Lunatic asylums Bombay report 1878-1890 - 1878-1890
Year: 1878
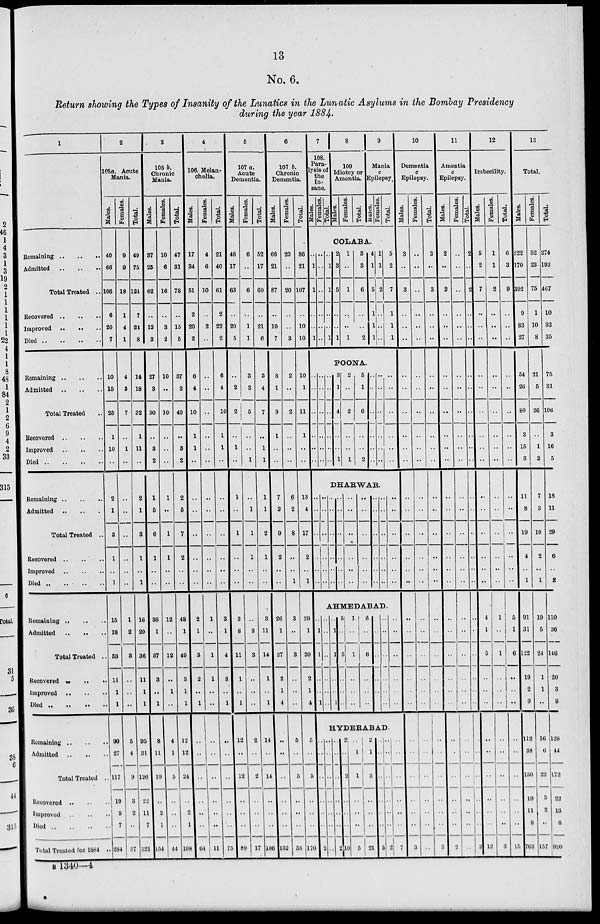
13
No. 6.
Return showing the Types of Insanity of the Lunatics in the Lunatic Asylums in the Bombay Presidency
during the year 1884.
1
Remaining
..
..
..
Admitted .. .. ..
Total Treated ..
Recovered
..
..
..
Improved
..
..
..
Died .. .. .. ..
Remaining
..
..
..
Admitted .. .. ..
Total Treated ..
Recovered .. .. ..
Improved
..
..
..
Died
..
..
..
..
Remaining
..
..
..
Admitted .. .. ..
Total Treated ..
Recovered
..
..
..
Improved .. .. ..
Died .. .. .. ..
Remaining
..
..
..
Admitted .. .. ..
Total Treated ..
Recovered
..
..
..
Improved
..
..
..
Died
..
..
..
..
Remaining
..
..
..
Admitted
..
..
..
Total Treated ..
Recovered .. .. ..
Improved
..
..
..
Died
..
..
..
..
Total Treated for 1884 ..
2
105a. Acute
Mania.
Males.
40
66
106
6
20
7
10
15
25
1
10
..
2
1
3
1
..
1
15
18
33
11
1
1
90
27
117
19
9
7
284
Females.
9
9
18
1
4
1
4
3
7
..
1
..
..
..
..
..
..
..
1
2
3
..
..
..
5
4
9
3
2
..
37
Total.
49
75
124
7
24
8
14
18
32
1
11
..
2
1
3
1
..
1
16
20
36
11
1
1
95
31
126
22
11
7
321
3
105 b.
Chronic
Mania.
Males.
37
25
62
..
12
3
27
3
30
..
3
2
1
5
6
1
..
..
36
1
37
3
...
1
8
11
19
..
2
1
154
Females.
10
6
16
..
3
2
10
..
10
..
..
..
1
..
1
1
..
..
12
..
12
..
1
..
4
1
5
..
..
..
44
Total.
47
31
78
..
15
5
37
3
40
..
3
2
2
5
7
2
..
..
48
1
49
3
1
1
12
12
24
..
2
1
198
4
106. Melan-
cholia.
Males.
17
34
51
2
20
2
6
4
10
1
1
..
..
..
..
..
..
..
2
1
3
2
..
1
..
..
..
..
..
..
64
Females.
4
6
10
..
2
..
..
..
..
..
..
..
..
..
..
..
..
..
1
..
1
1
..
..
..
..
..
..
..
..
11
Total.
21
40
61
2
22
2
6
4
10
1
1
..
..
..
..
..
..
..
3
1
4
3
..
1
..
..
.. ..
..
..
75
5
107 a.
Acute
Dementia.
Males.
46
17
63
..
20
5
..
2
2
..
1
..
1
..
1
..
..
..
3
8
11
1
..
1
12
..
12
..
..
..
89
Females.
6
..
6
..
1
1
3
2
5
..
..
1
..
1
1
1
..
..
..
3
3
..
..
..
2
..
2
..
..
..
17
Total.
52
17
69
..
21
6
3
4
7
..
1
1
1
1
2
1
..
..
3
11
14
1
..
1
14
..
14
..
..
..
106
6
107 b.
Chronic
Dementia.
Males.
66
21
87
..
10
7
8
1
9
1
..
..
7
2
9
2
..
..
26
1
27
2
1
4
..
..
..
..
..
..
132
Females.
20
..
20
..
..
3
2
..
2
..
..
..
6
2
8
..
..
1
3
..
3
..
..
..
5
..
5
..
..
..
38
Total.
86
21
107
..
10
10
10
1
11
1
..
..
13
4
17
2
..
1
29
1
30
2
1
4
5
..
5
..
..
..
170
7
108 Paralysis of the Insane.
Males.
Females.
Total.
8
109 Idiotcy or Amentia.
Males.
Females.
Total.
9
Mania c Epilepsy.
Males.
Females.
Total.
COLABA.
..
1
1
..
..
1
..
..
..
..
..
..
..
..
..
..
..
..
..
1
1
..
..
1
2
3
5
..
..
1
1
..
1
..
..
1
3
3
6
..
..
2
4
1
5
1
1
1
1
1
2
..
..
..
5
2
7
1
1
1
POONA.
..
..
..
..
..
..
..
..
..
..
..
..
3
1
4
..
..
1
2
..
2
..
..
1
5
1
6
..
..
2
..
..
..
..
..
..
..
..
..
..
..
..
..
..
..
..
..
..
DHARWAR.
..
..
..
..
..
..
..
..
..
..
..
..
..
..
..
..
..
..
..
..
..
..
..
..
..
..
..
..
..
..
..
..
..
..
..
..
..
..
..
..
..
..
..
..
..
..
..
..
..
..
..
..
..
..
AHMEDABAD.
..
1
1
..
..
..
..
..
..
..
..
..
2
..
..
..
..
..
..
..
1
..
..
..
..
5
..
..
..
..
..
1
..
1
..
..
..
6
..
6
..
..
..
..
..
1
..
..
..
..
..
6
..
..
..
..
..
..
..
..
..
HYDERABAD.
..
..
..
..
..
..
..
..
..
..
..
..
..
2
..
..
..
..
..
..
16
2
..
2
..
..
..
5
..
1
1
..
..
..
21
2
1
3
..
..
..
5
..
..
..
..
..
..
2
..
..
.. ..
..
..
7
10
Dementia
c
Epilepsy.
Males.
3
..
3
..
..
..
..
..
..
..
..
..
..
..
..
..
..
..
..
..
..
..
..
..
..
..
..
..
..
..
3
Females.
..
..
..
..
..
..
..
..
..
..
..
..
..
..
..
..
..
..
..
..
..
..
..
..
..
..
..
..
..
..
..
Total.
3
..
3
..
..
..
..
..
..
..
..
..
..
..
..
..
..
..
..
..
..
..
..
..
..
..
..
..
..
..
3
11
Amentia
c
Epilepsy.
Males.
2
..
2
..
..
..
..
..
..
..
..
..
..
..
..
..
..
..
..
..
..
..
..
..
Females.
..
..
..
..
..
..
..
..
..
..
..
..
..
..
..
..
..
..
..
..
..
..
..
..
..
..
..
..
..
..
2
..
..
..
..
..
..
..
Total.
2
..
2
..
..
..
..
..
..
..
..
..
..
..
..
..
..
..
..
..
..
..
..
..
..
..
..
..
..
..
2
12
Imbecility.
Males.
5
2
7
..
..
..
..
..
..
..
..
..
..
..
..
..
..
..
4
1
5
..
..
..
..
..
..
..
..
..
12
Females.
1
1
2
..
..
..
..
..
..
..
..
..
..
..
..
..
..
..
1
..
1
..
..
..
..
..
..
..
..
..
3
Total.
6
3
9
..
..
..
..
..
..
..
..
..
..
..
..
..
..
..
5
1
6
..
..
..
..
..
..
..
..
..
15
13
Total.
Males.
222
170
392
9
83
27
54
26
80
3
15
3
11
8
19
4
..
1
91
31
122
19
2
9
112
38
150
19
11
8
763
Females.
52
23
75
1
10
8
21
5
26
..
1
2
7
3
10
2
..
1
19
5
24
1
1
..
16
6
22
3
2
..
157
Total.
274
193
467
10
93
35
75
31
106
3
16
5
18
11
29
6
..
2
110
36
146
20
3
9
128
44
172
22
13
8
920
B 1340-4